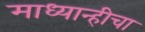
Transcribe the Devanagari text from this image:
माध्यान्हीचा